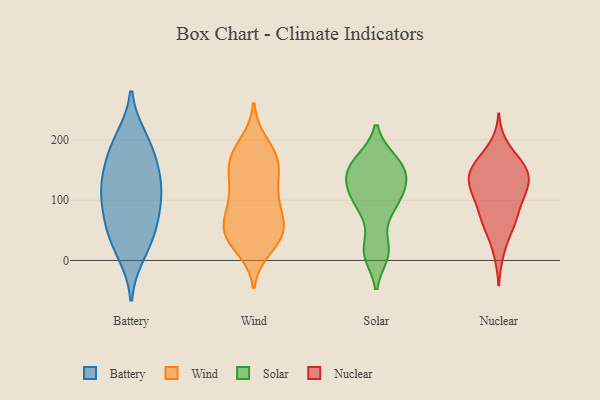
{"axis": {"x": "Gross Profit (USD K)", "y": "Value"}, "legend": ["Battery", "Nuclear", "Solar", "Wind"], "data": [{"x": "", "y": 200, "type": "Battery"}, {"x": "", "y": 45, "type": "Battery"}, {"x": "", "y": 14, "type": "Battery"}, {"x": "", "y": 124, "type": "Battery"}, {"x": "", "y": 128, "type": "Battery"}, {"x": "", "y": 172, "type": "Battery"}, {"x": "", "y": 125, "type": "Battery"}, {"x": "", "y": 44, "type": "Battery"}, {"x": "", "y": 94, "type": "Battery"}, {"x": "", "y": 78, "type": "Battery"}, {"x": "", "y": 186, "type": "Battery"}, {"x": "", "y": 58, "type": "Wind"}, {"x": "", "y": 91, "type": "Wind"}, {"x": "", "y": 34, "type": "Wind"}, {"x": "", "y": 51, "type": "Wind"}, {"x": "", "y": 116, "type": "Wind"}, {"x": "", "y": 180, "type": "Wind"}, {"x": "", "y": 162, "type": "Wind"}, {"x": "", "y": 45, "type": "Wind"}, {"x": "", "y": 86, "type": "Wind"}, {"x": "", "y": 33, "type": "Wind"}, {"x": "", "y": 129, "type": "Wind"}, {"x": "", "y": 166, "type": "Wind"}, {"x": "", "y": 168, "type": "Wind"}, {"x": "", "y": 21, "type": "Wind"}, {"x": "", "y": 52, "type": "Wind"}, {"x": "", "y": 163, "type": "Wind"}, {"x": "", "y": 134, "type": "Wind"}, {"x": "", "y": 195, "type": "Wind"}, {"x": "", "y": 95, "type": "Wind"}, {"x": "", "y": 53, "type": "Wind"}, {"x": "", "y": 92, "type": "Solar"}, {"x": "", "y": 119, "type": "Solar"}, {"x": "", "y": 10, "type": "Solar"}, {"x": "", "y": 23, "type": "Solar"}, {"x": "", "y": 86, "type": "Solar"}, {"x": "", "y": 148, "type": "Solar"}, {"x": "", "y": 133, "type": "Solar"}, {"x": "", "y": 126, "type": "Solar"}, {"x": "", "y": 134, "type": "Solar"}, {"x": "", "y": 163, "type": "Solar"}, {"x": "", "y": 167, "type": "Solar"}, {"x": "", "y": 165, "type": "Solar"}, {"x": "", "y": 12, "type": "Solar"}, {"x": "", "y": 92, "type": "Solar"}, {"x": "", "y": 66, "type": "Nuclear"}, {"x": "", "y": 147, "type": "Nuclear"}, {"x": "", "y": 113, "type": "Nuclear"}, {"x": "", "y": 107, "type": "Nuclear"}, {"x": "", "y": 13, "type": "Nuclear"}, {"x": "", "y": 50, "type": "Nuclear"}, {"x": "", "y": 155, "type": "Nuclear"}, {"x": "", "y": 143, "type": "Nuclear"}, {"x": "", "y": 115, "type": "Nuclear"}, {"x": "", "y": 149, "type": "Nuclear"}, {"x": "", "y": 131, "type": "Nuclear"}, {"x": "", "y": 70, "type": "Nuclear"}, {"x": "", "y": 113, "type": "Nuclear"}, {"x": "", "y": 190, "type": "Nuclear"}, {"x": "", "y": 164, "type": "Nuclear"}, {"x": "", "y": 135, "type": "Nuclear"}, {"x": "", "y": 90, "type": "Nuclear"}, {"x": "", "y": 63, "type": "Nuclear"}, {"x": "", "y": 163, "type": "Nuclear"}]}